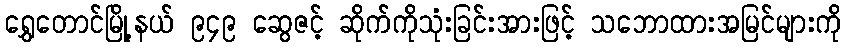
ရွှေတောင်မြို့နယ် ၉၄၉ ဆွေဇင့် ဆိုက်ကိုသုံးခြင်းအားဖြင့် သဘောထားအမြင်များကို